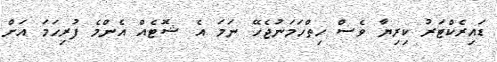
ޑައިރެކްޓަރު ކިރިޔާ ވެސް ހިތްހަމަނުޖެހޭ ނަމަ އެ ޝޮޓެއް އެންމެ ފުރިހަމަ އަށް